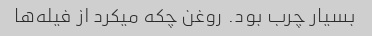
بسیار چرب بود. روغن چکه میکرد از فیله‌ها